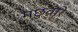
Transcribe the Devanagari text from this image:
मछुवारे